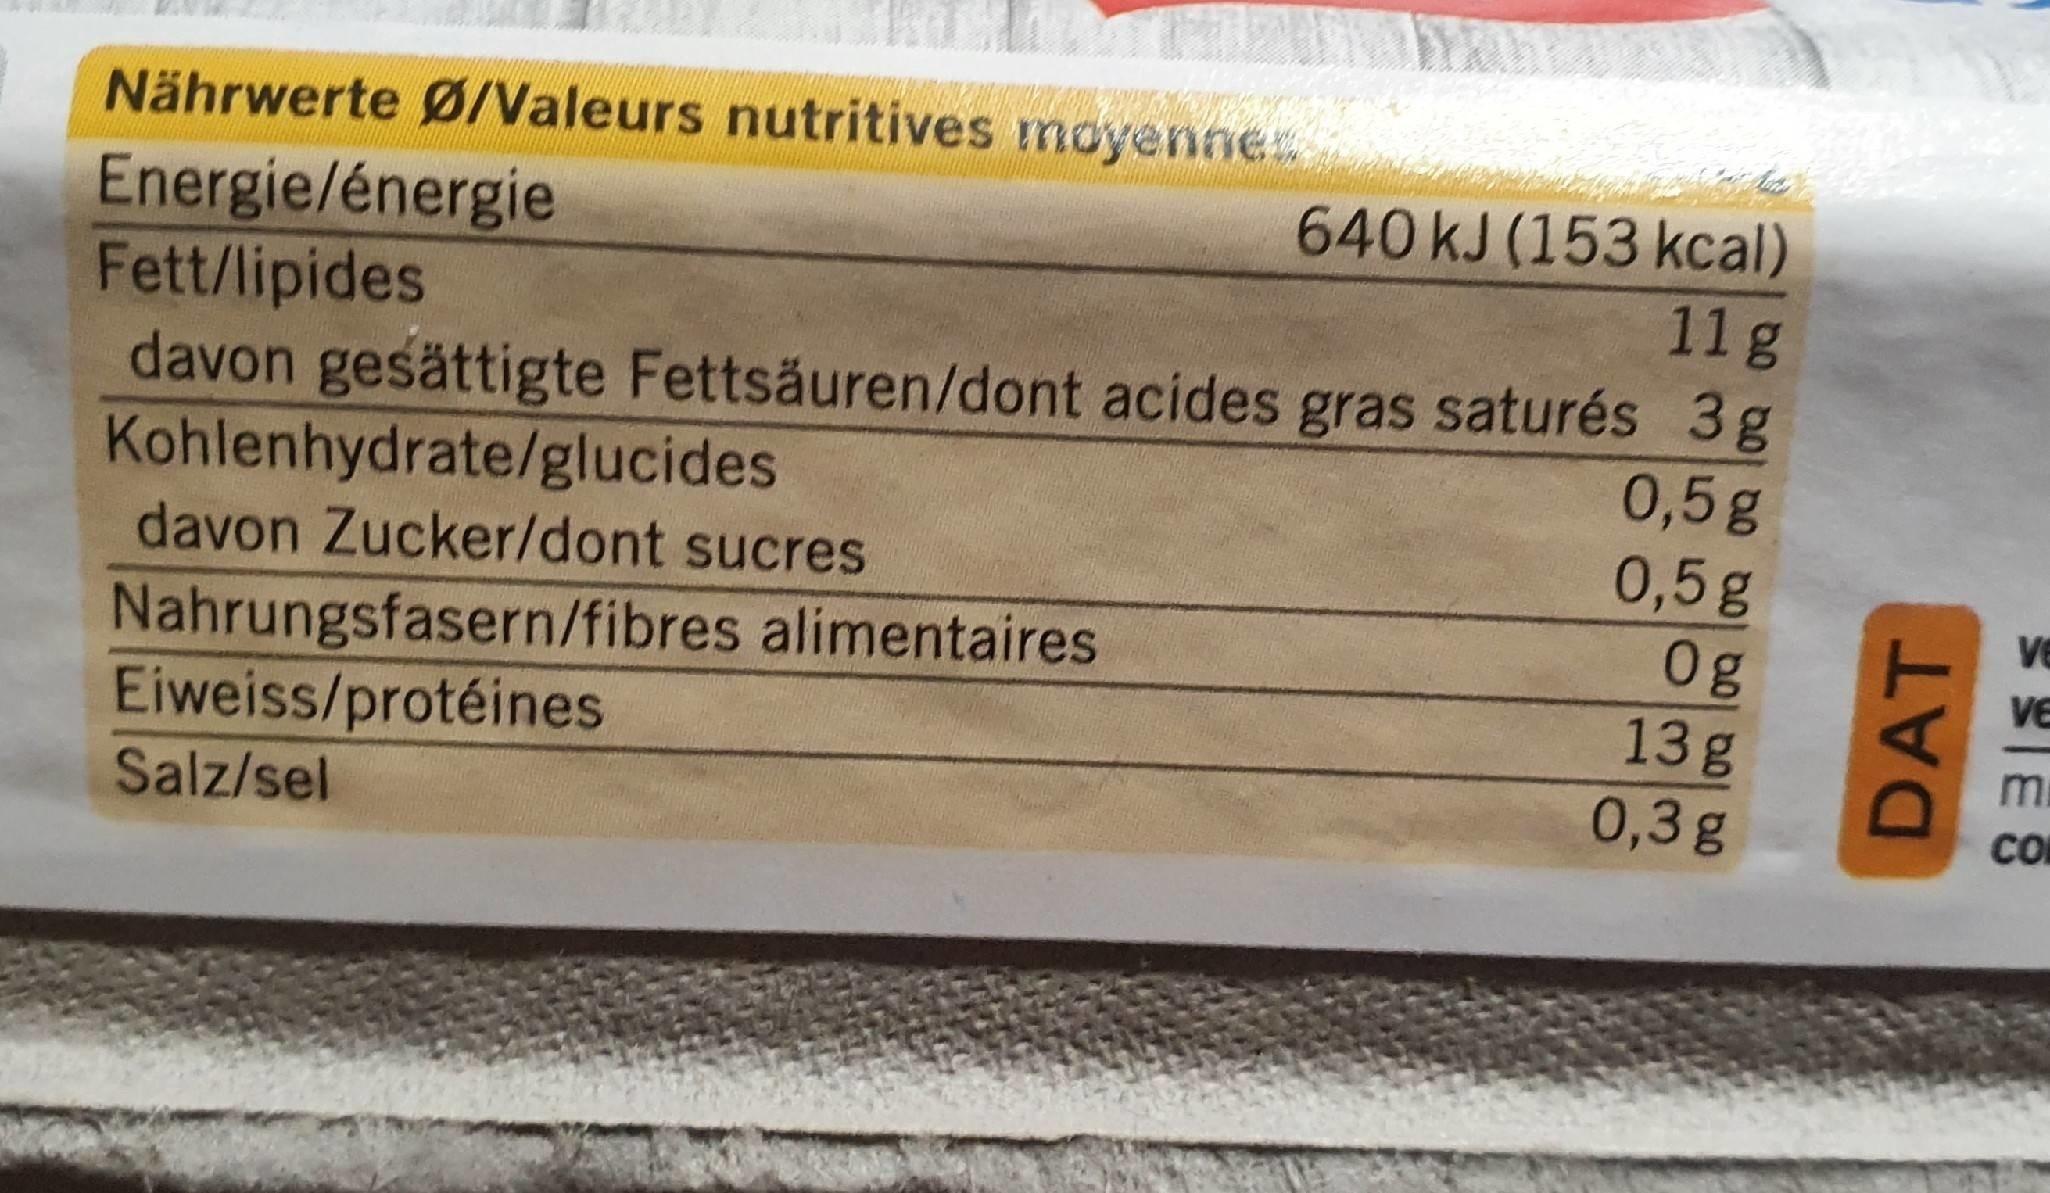
Nährwerte Ø/Valeurs nutritives moyennes Energie/énergie
640 kJ (153 kcal) 11g
Fett/lipides
davon gesättigte Fettsäuren/dont acides gras saturés 3g 0,5g 0,5g 0g 13g 0,3g
Kohlenhydrate/glucides davon Zucker/dont sucres
Ve
Nahrungsfasern/fibres alimentaires Eiweiss/protéines Salz/sel
VE
mi
CO
DAT